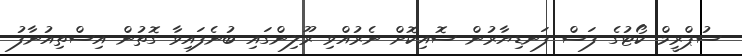
ސުޕްރީމް ކޯޓުގެ ފަސް ފަނޑިޔާރުން ސޮއިކޮށް ނެރުއްވި ރޫލިންގައި ބުނެފައިވާ ގޮތުން އިސްތިއުނާފު